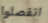
انفصلوا